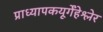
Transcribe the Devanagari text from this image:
प्राध्यापकयूर्गेंहेश्लेर